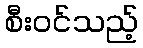
စီးဝင်သည့်